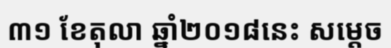
៣១ ខែតុលា ឆ្នាំ២០១៨នេះ សម្តេច